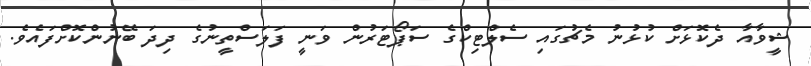
ޝީވާއާ ދެކޮޅަށް ކުޅުނު މެޗުގައި ސެލްޓިކްގެ ސަޕޯޓަރުން ވަނީ ފަލަސްތީނުގެ ދިދަ ބޭނުންކޮށްފައެވެ.